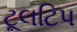
ટૂલટિપ